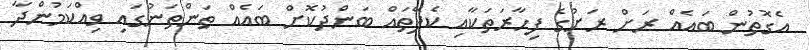
އެގޮތުން ބައެއް ރަށް ރަށުގެ ފިހާރަތަަކާއި ކެފޭތައް ބަންދުކޮށް ބައެއް ތަންތަނުގައި ވިއްކަމުންދާ